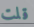
قلت